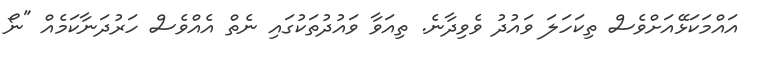
އައްމަކަޅޭއަށްވެސް ތިކަހަލަ ވައުދު ވެވިދާނެ. ތިއަވާ ވައުދުތަކުގައި ނެތް އެއްވެސް ހަރުދަނާކަމެއް "ނޯ